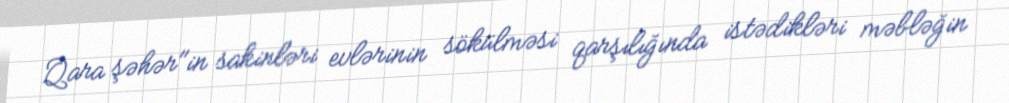
Qara şəhər"in sakinləri evlərinin sökülməsi qarşılığında istədikləri məbləğin